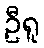
ဦရူ